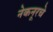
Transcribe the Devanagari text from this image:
नेकनूरचे